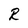
Character: R